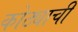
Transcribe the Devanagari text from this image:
कोठ्याची